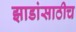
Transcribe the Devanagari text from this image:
झाडांसाठीच